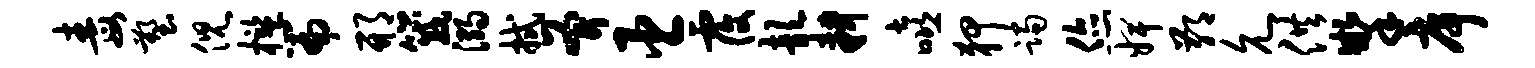
毒塑倪槛篇邢箴溺拭斧臣覆歆耕嘻狎躅您婢鄙允供掣序